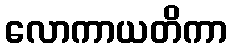
လောကာယတိကာ